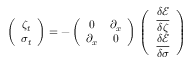
\left( \begin{array} { c } { \medskip \zeta _ { t } } \\ { \sigma _ { t } } \end{array} \right) = - \left( \begin{array} { c c } { \medskip 0 } & { \partial _ { x } } \\ { \partial _ { x } } & { 0 } \end{array} \right) \, \left( \begin{array} { c } { \medskip \displaystyle \frac { \delta \mathcal { E } } { \delta \zeta } } \\ { \displaystyle \frac { \delta \mathcal { E } } { \delta \sigma } } \end{array} \right)